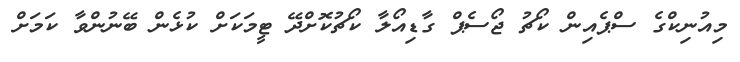
މިއުނިކްގެ ސްޕެއިން ކޯޗު ޖޯސެޕް ގާޑިއޯލާ ކޯޗުކޮށްދޭ ޓީމަކަށް ކުޅެން ބޭނުންވާ ކަމަށް